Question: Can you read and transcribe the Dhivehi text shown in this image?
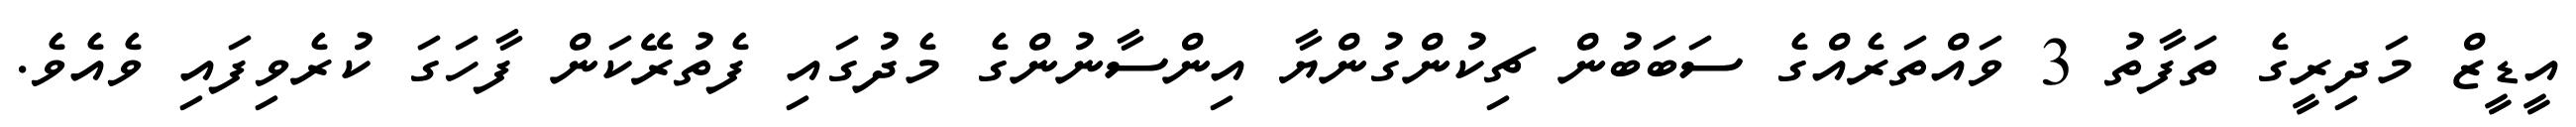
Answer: އީޑީޒް މަދިރީގެ ތަފާތު 3 ވައްތަރެއްގެ ސަބަބުން ޗިކުންގުންޔާ އިންސާނުންގެ މެދުގައި ފެތުރޭކަން ފާހަގަ ކުރެވިފައި ވެއެވެ.